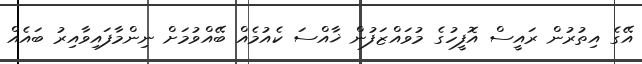
އޭގެ އިތުރުން ރައީސް އޮފީހުގެ މުވައްޒަފުން ޚާއްސަ ކެއުމެއް ބޭއްވުމަށް ނިންމާފައިވާއިރު ބައެއް